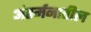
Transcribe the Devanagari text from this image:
अंतर्मनातील